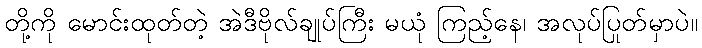
တို့ကို မောင်းထုတ်တဲ့ အဲဒီဗိုလ်ချုပ်ကြီး မယုံ ကြည့်နေ၊ အလုပ်ပြုတ်မှာပဲ။